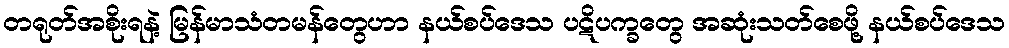
တရုတ်အစိုးရနဲ့ မြန်မာသံတမန်တွေဟာ နယ်စပ်ဒေသ ပဋိပက္ခတွေ အဆုံးသတ်စေဖို့ နယ်စပ်ဒေသ